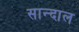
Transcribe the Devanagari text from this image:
सान्दाल